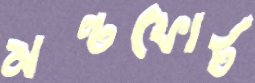
মন্টফোর্ট